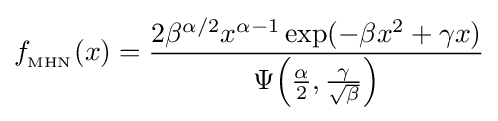
f_{_{\text{MHN}}}(x)={\frac {2\beta ^{\alpha /2}x^{\alpha -1}\exp(-\beta x^{2}+\gamma x)}{\Psi {\left({\frac {\alpha }{2}},{\frac {\gamma }{\sqrt {\beta }}}\right)}}}